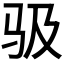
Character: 𱅂